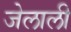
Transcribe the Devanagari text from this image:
जेलाली